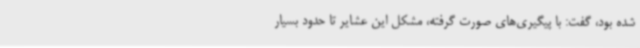
شده بود، گفت: با پیگیری‌های صورت گرفته، مشکل این عشایر تا حدود بسیار